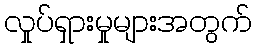
လှုပ်ရှားမှုများအတွက်